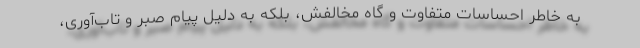
به خاطر احساسات متفاوت و گاه مخالفش، بلکه به دلیل پیام صبر و تاب‌آوری،